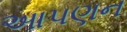
આપણન